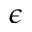
\epsilon